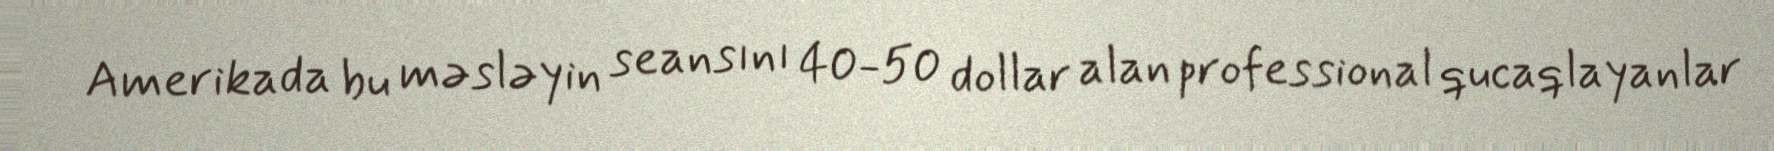
Amerikada bu məsləyin seansını 40-50 dollar alan professional qucaqlayanlar